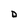
Character: D